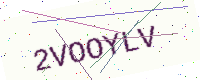
Text: 2VOOYLV